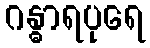
ဂန္ဓာရပုရေ